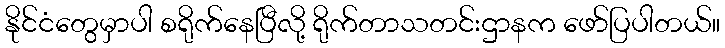
နိုင်ငံတွေမှာပါ စရိုက်နေပြီလို့ ရိုက်တာသတင်းဌာနက ဖော်ပြပါတယ်။